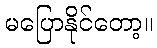
မပြောနိုင်တော့။